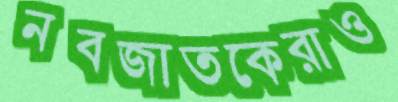
নবজাতকেরাও